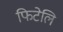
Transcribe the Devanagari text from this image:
फिटेलि